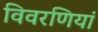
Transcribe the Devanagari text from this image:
विवरणियां